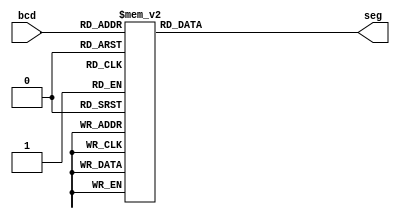
module BCD_to_7segment(bcd,seg);
    input [0:3]bcd;
    output [0:6]seg;
    reg [0:6]seg;
    always @(bcd)
    case (bcd)
    4'b0000:seg=7'b1111110;//display 0
    4'b0001:seg=7'b0110000;//display 1
    4'b0010:seg=7'b1101101;//display 2
    4'b0011:seg=7'b1111001;//display 3
    4'b0100:seg=7'b0110011;//display 4
    4'b0101:seg=7'b1011011;//display 5
    4'b0110:seg=7'b1011111;//display 6
    4'b0111:seg=7'b1110000;//display 7
    4'b1000:seg=7'b1111111;//display 8
    4'b1001:seg=7'b1110011;//display 9
    default: seg=7'b0000000;
    endcase
    


endmodule